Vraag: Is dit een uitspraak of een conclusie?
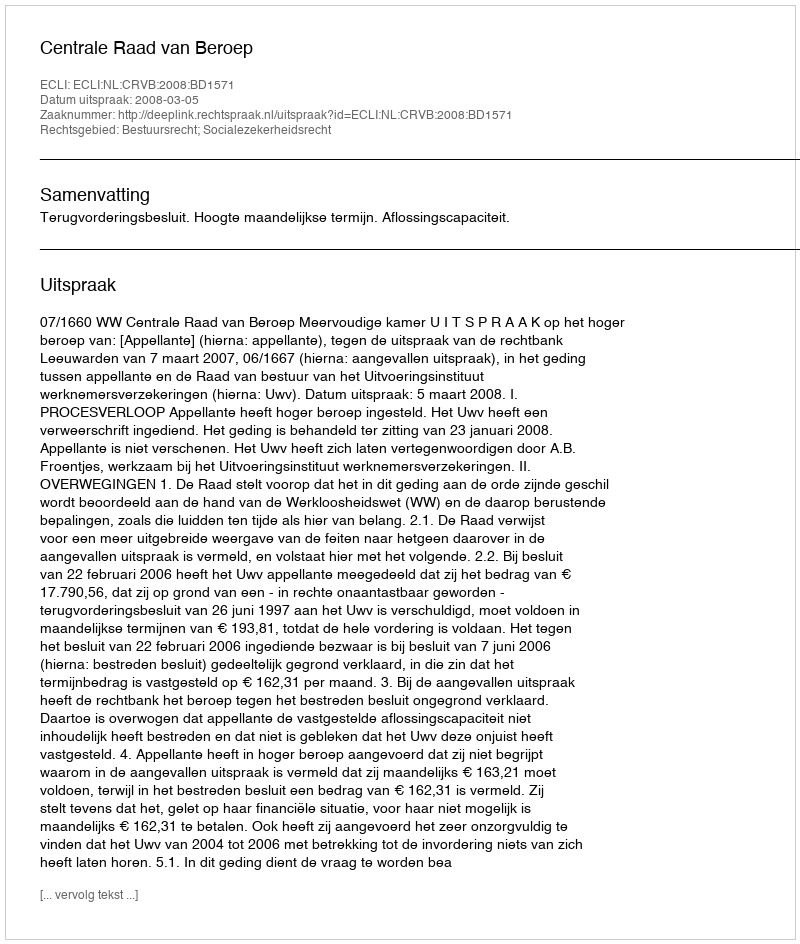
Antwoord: Uitspraak